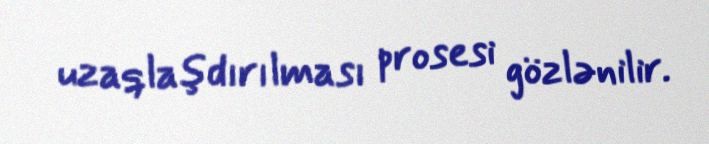
uzaqlaşdırılması prosesi gözlənilir.